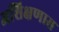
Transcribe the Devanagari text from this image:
अशिक्षणास